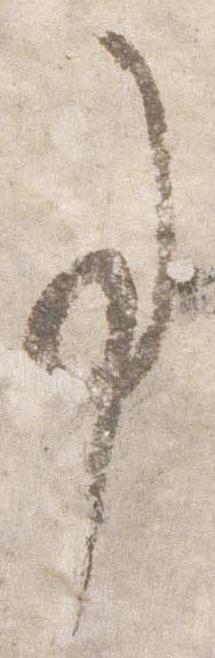
事